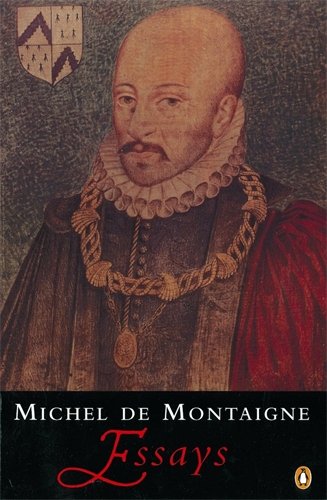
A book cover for Montaigne: Essays; Michel de Montaigne; Politics & Social Sciences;